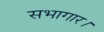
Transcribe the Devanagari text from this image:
सभागार।